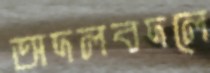
অদলবদলে